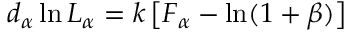
d _ { \alpha } \ln L _ { \alpha } = k \left[ F _ { \alpha } - \ln ( 1 + \beta ) \right]